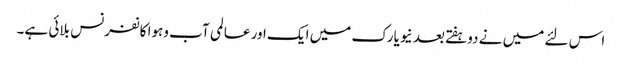
اس لئے میں نے دوہفتے بعد نیویارک میں ایک اور عالمی آب وہوا کانفرنس بلائی ہے۔